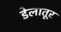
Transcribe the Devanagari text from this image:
डेलातूर